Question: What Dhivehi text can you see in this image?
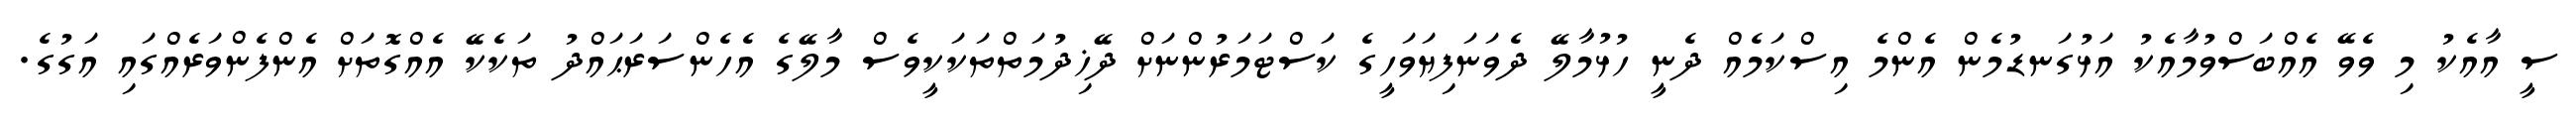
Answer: ސީ އާއެކު މި ވެވޭ އެއްބަސްވުމާއެކު އަޅުގަނޑުމެން އެންމެ އިސްކަމެއް ދެނީ ހުޅުމާލޭ ދެވަނަފިޔަވަހީގެ ކަސްޓަމަރުންނަށް ދޭޚިދުމަތްތަކަކީވެސް މާލޭގެ އެހެންސަރަޙައްދު ތަކެކޭ އެއްގޮތަށް އެންފެންވަރެއްގައި އަގުގެ.